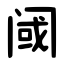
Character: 阈